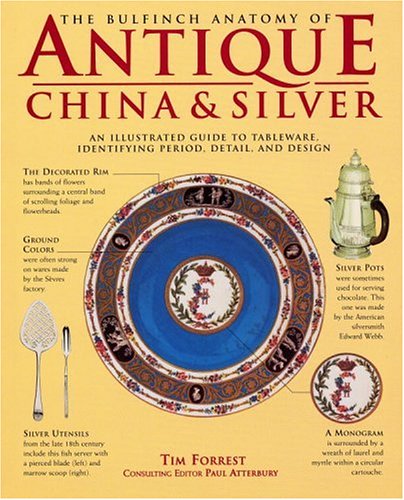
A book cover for The Bulfinch Anatomy of Antique China and Silver: An Illustrated Guide to Tableware, Identifying Period, Detail and Design; Tim Forrest; Crafts, Hobbies & Home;